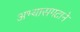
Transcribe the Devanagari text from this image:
अभ्यासगटाने